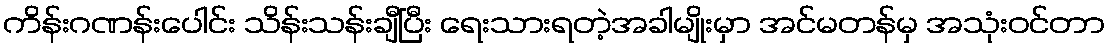
ကိန်းဂဏန်းပေါင်း သိန်းသန်းချီပြီး ရေးသားရတဲ့အခါမျိုးမှာ အင်မတန်မှ အသုံးဝင်တာ